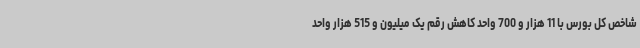
شاخص کل بورس با 11 هزار و 700 واحد کاهش رقم یک میلیون و 515 هزار واحد